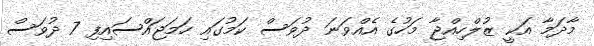
މާދަމާ އަކީ ޒުލްހިއްޖާ މަހުގެ އެއްވަނަ ދުވަސް ކަމުގައި ހަމަޖައްސައިފި 7 ދުވަސް